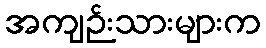
အကျဉ်းသားများက